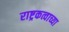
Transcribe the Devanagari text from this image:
राष्ट्रकत्वाच्या